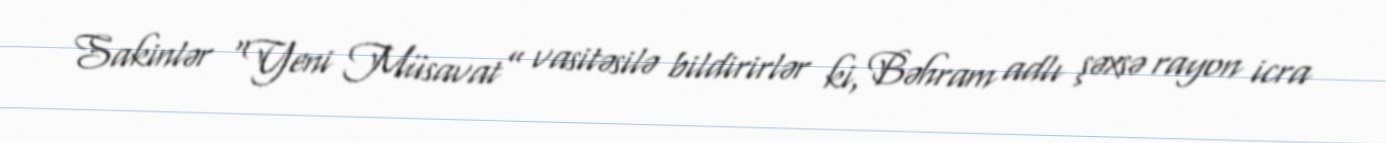
Sakinlər “Yeni Müsavat” vasitəsilə bildirirlər ki, Bəhram adlı şəxsə rayon icra